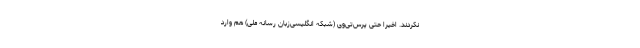
نکردند. اخیراً حتی پرس‌تی‌وی (شبکه انگلیسی‌زبان رسانه ملی) هم وارد